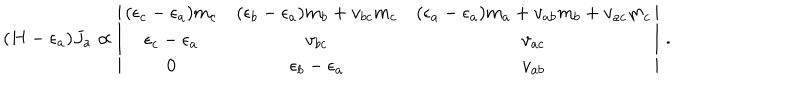
LaTeX: ( H - \epsilon _ { a } ) J _ { a } \propto \left| \begin{array} { c c c } { { ( \epsilon _ { c } - \epsilon _ { a } ) m _ { c } } } & { { ( \epsilon _ { b } - \epsilon _ { a } ) m _ { b } + v _ { b c } m _ { c } } } & { { ( \epsilon _ { a } - \epsilon _ { a } ) m _ { a } + v _ { a b } m _ { b } + v _ { a c } m _ { c } } } \\ { { \epsilon _ { c } - \epsilon _ { a } } } & { { v _ { b c } } } & { { v _ { a c } } } \\ { { 0 } } & { { \epsilon _ { b } - \epsilon _ { a } } } & { { v _ { a b } } } \\ \end{array} \right| \, .